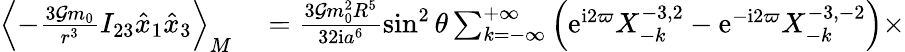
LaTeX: \begin{array}{rl}{\left\langle-\frac{3{\cal G}m_{0}}{r^{3}}I_{23}\hat{x}_{1}\hat{x}_{3}\right\rangle_{M}}&{{}=\frac{3{\cal G}m_{0}^{2}R^{5}}{32\mathrm{i}a^{6}}\sin^{2}\theta\sum_{k=-\infty}^{+\infty}\left(\mathrm{e}^{\mathrm{i}2\varpi}X_{-k}^{-3,2}-\mathrm{e}^{-\mathrm{i}2\varpi}X_{-k}^{-3,-2}\right)\times}\end{array}